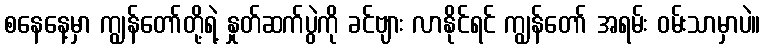
စနေနေ့မှာ ကျွန်တော်တို့ရဲ့ နှုတ်ဆက်ပွဲကို ခင်ဗျား လာနိုင်ရင် ကျွန်တော် အရမ်း ဝမ်းသာမှာပဲ။